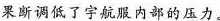
果断调低了宇航服内部的压力。